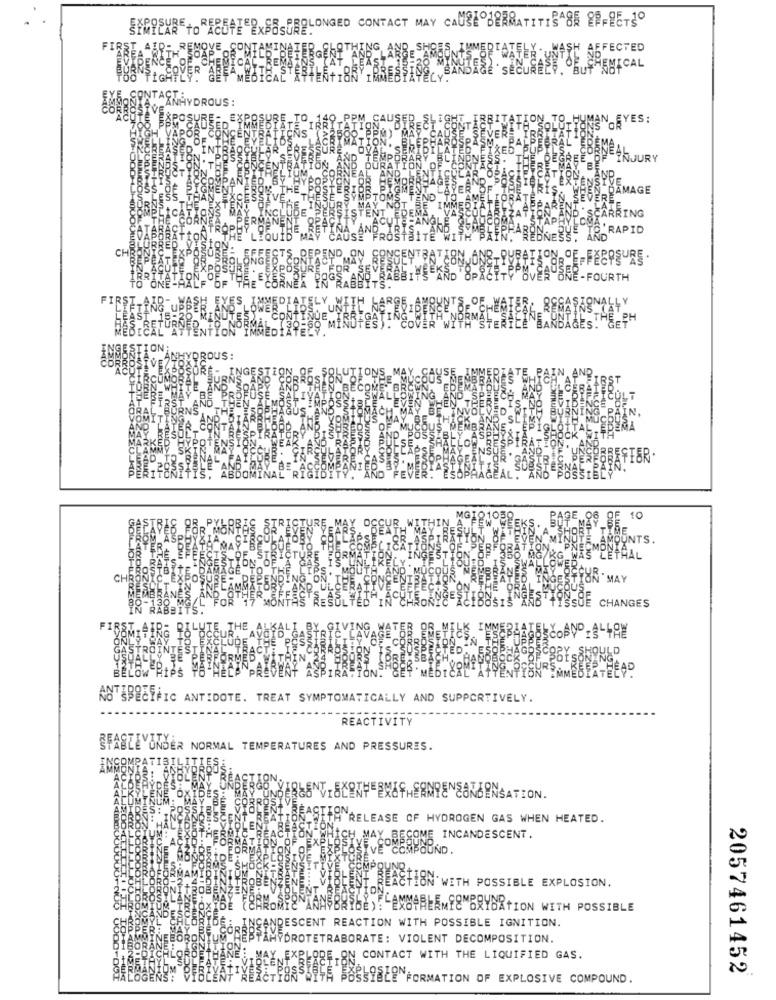
SYRPEAR +o ACUTE EXPOSURELONGED CONTACT MAY CAUSE ^ -
FIRE
REMOVE
SH AFFECTED
R
DE CHEMICAL
YE
CONTA
ANHYDROUS
PO
ES:
URY
AGE
RAPID
out
CH
El
Immor
Z
.OF-FEEDSURE .
ING
ÔNE-AŽI
-FOURTH
FIRST.
L
EH EXES, AMM
EAS'
1
FYON IMM
30.021-
TOx Z
ON
2x0
ROUS:
mot
WHOCZ
HOO
OZZICE_
X20 H
:022-15
# Om O-1 COM
10
TIBE
ZCZ.
AMOUNTS.
CETRAL
MAY
ZWOOSLE
WOTILH . J4th
CHANGES
FIR
IMM
JLD
4 40
NO SPECIFIC ANTIDOTE. TREAT SYMPTOMATICALLY AND SUPPORTIVELY.
REACTIVITY
STABLE UNDER NORMAL TEMPERATURES AND PRESSURES.
HiOm
H RELEASE OF HYDROGEN GAS WHEN HEATED.
CH MAY BECOME INCANDESCENT.
VE COMPOUND
REACTION WETH POSSIBLE EXPLOSION.
LAMMABERMEEMBRYOATION WITH POSSIBLE
RESCENT REACTION WITH POSSIBLE IGNITION.
DROTETRABORATE: VIOLENT DECOMPOSITION.
ON CONTACT WITH THE LIQUIFIED GAS.
2057461452
SOSEQN FORMATION OF EXPLOSIVE COMPOUND.